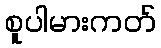
စူပါမားကတ်